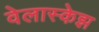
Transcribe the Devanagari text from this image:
वेलास्केझ